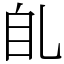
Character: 臫